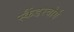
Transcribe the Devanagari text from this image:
स्कैंडरबोर्ग